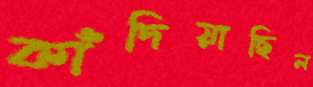
কাঁদিয়াছিল